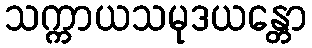
သက္ကာယသမုဒယန္တော